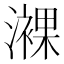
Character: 𤁖